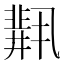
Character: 𫡋